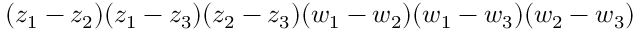
( z _ { 1 } - z _ { 2 } ) ( z _ { 1 } - z _ { 3 } ) ( z _ { 2 } - z _ { 3 } ) ( w _ { 1 } - w _ { 2 } ) ( w _ { 1 } - w _ { 3 } ) ( w _ { 2 } - w _ { 3 } )